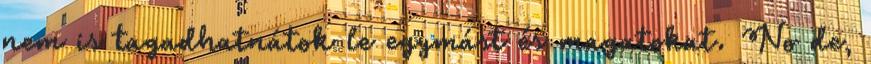
nem is tagadhatnátok le egymást és magatokat. No de,